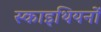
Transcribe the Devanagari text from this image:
स्काइथियनों